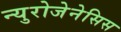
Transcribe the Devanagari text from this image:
न्युरोजेनेसिस